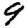
Digit: 9